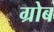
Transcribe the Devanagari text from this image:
ग्रोब